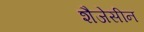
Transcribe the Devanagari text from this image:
शैजेसीन